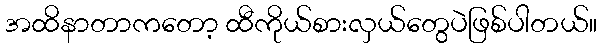
အထိနာတာကတော့ ထီကိုယ်စားလှယ်တွေပဲဖြစ်ပါတယ်။